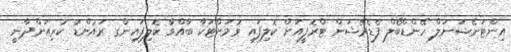
އިންޓަނޭޝަނަލް ހޭންޑްބޯލް ފެޑެރޭޝަން ޓްރޮފީއަށް ކޮލިފައި ވުމަށްޓަކާ ބާއްވާ ކޮލިފައިންގ ރައުންޑު ކުރިއަށްދާނީ